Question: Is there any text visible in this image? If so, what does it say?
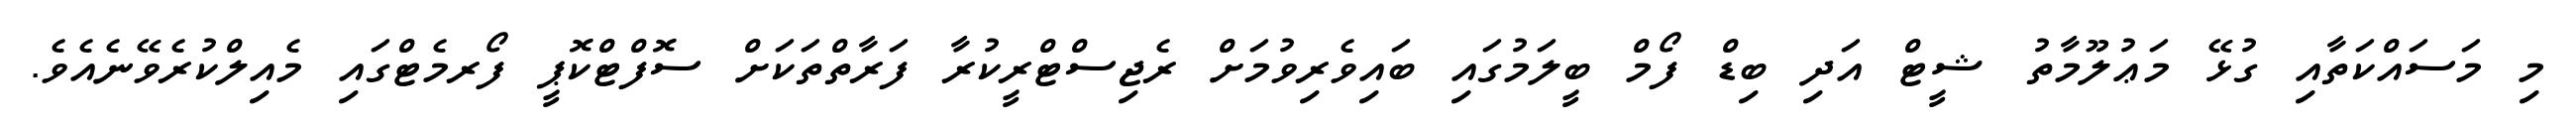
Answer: މި މަސައްކަތާއި ގުޅޭ މަޢުލޫމާތު ޝީޓް އަދި ބިޑް ފޯމް ބީލަމުގައި ބައިވެރިވުމަށް ރެޖިސްޓްރީކުރާ ފަރާތްތަކަށް ސޮފްޓްކޮޕީ ފޯރމެޓްގައި މެއިލްކުރެވޭނެއެވެ.